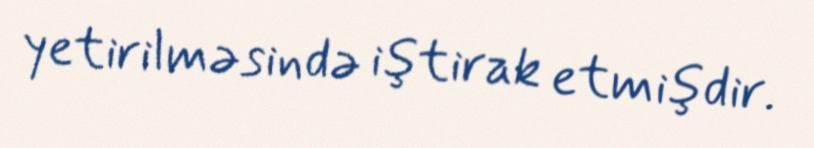
yetirilməsində iştirak etmişdir.